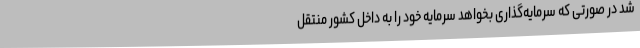
شد در صورتی که سرمایه‌گذاری بخواهد سرمایه خود را به داخل کشور منتقل